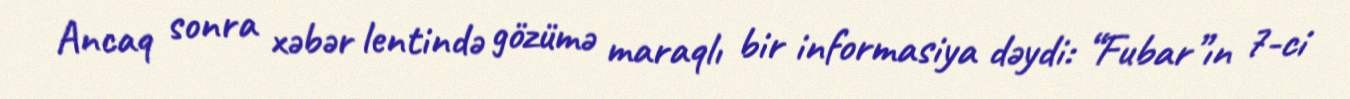
Ancaq sonra xəbər lentində gözümə maraqlı bir informasiya dəydi: “Fubar”ın 7-ci